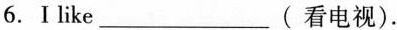
6.I like___( 看电视).